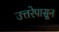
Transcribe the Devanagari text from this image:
उत्तरेपासून